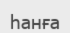
һанға